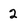
Character: 2